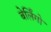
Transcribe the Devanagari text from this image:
बेर्लिंगो